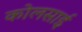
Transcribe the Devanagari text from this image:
कोलसाई